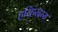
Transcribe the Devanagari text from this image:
हरिहरदास